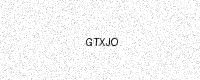
Text: GTXJO